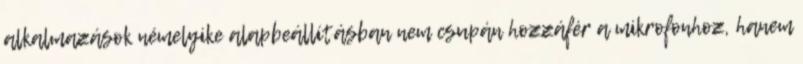
alkalmazások némelyike alapbeállításban nem csupán hozzáfér a mikrofonhoz, hanem